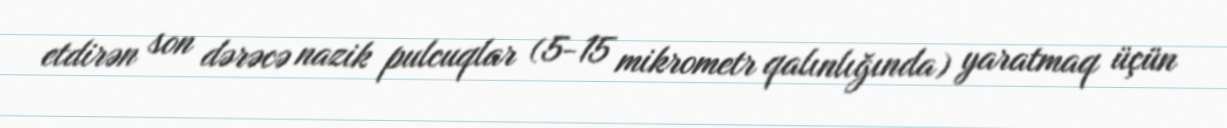
etdirən son dərəcə nazik pulcuqlar (5-15 mikrometr qalınlığında) yaratmaq üçün